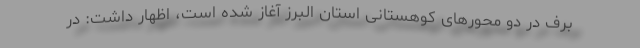
برف در دو محورهای کوهستانی استان البرز آغاز شده است، اظهار داشت: در